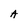
Character: A